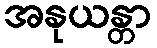
အနုယန္တာ